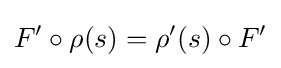
F'\circ \rho (s)=\rho '(s)\circ F'